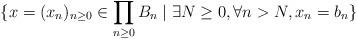
LaTeX: \begin{align*}\{x=(x_n)_{n\geq 0}\in \prod_{n\geq 0}B_n\mid \exists N\geq 0,\forall n>N,x_n=b_n\}\end{align*}